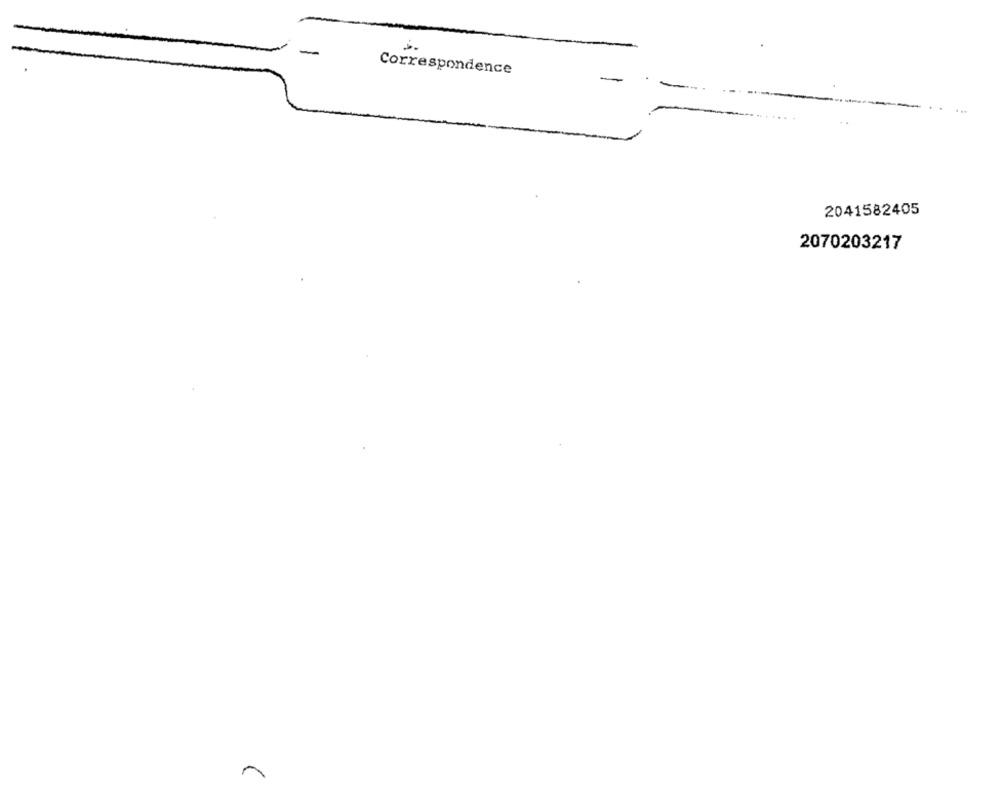
Correspondence
2041582405
2070203217